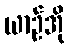
ယာဉ်အို